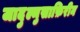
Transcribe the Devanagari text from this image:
जादुल्मुसाफ़िरीन